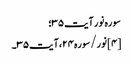
سوره نور آیت ۳۵؛
[۴] نور/سوره۲۴، آیت ۳۵۔